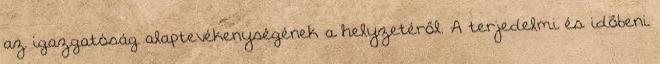
az igazgatóság alaptevékenységének a helyzetéről. A terjedelmi és időbeni